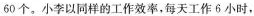
60 个。小李以同样的工作效率，每天工作 6 小时，